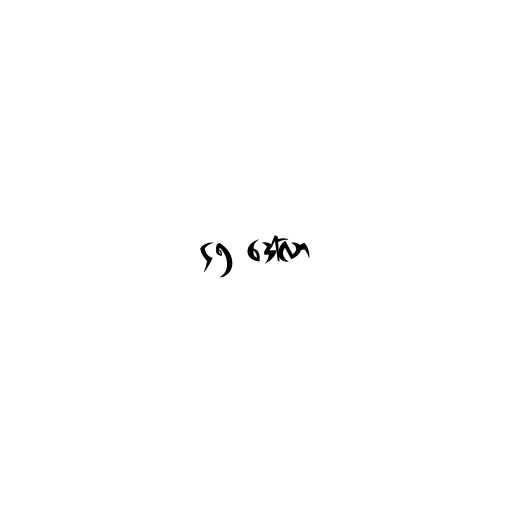
၄၅ ဒေါ်လာ